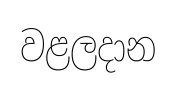
වළලදාන